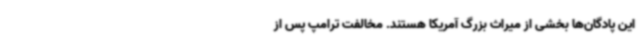
این پادگان‌ها بخشی از میراث بزرگ آمریکا هستند. مخالفت ترامپ پس از